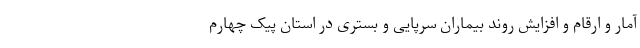
آمار و ارقام و افزایش روند بیماران سرپایی و بستری در استان پیک چهارم